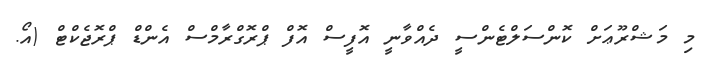
މި މަޝްރޫޢަށް ކޮންސަލްޓެންސީ ދެއްވާނީ އޮފީސް އޮފް ޕްރޮގްރާމްސް އެންޑް ޕްރޮޖެކްޓް (އޯ.